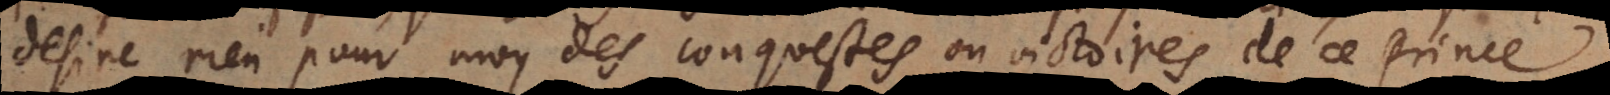
desire rien pour moy des conquestes ou victoires de ce Prince.